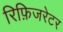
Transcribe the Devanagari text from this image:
रिफ़िजरेटर